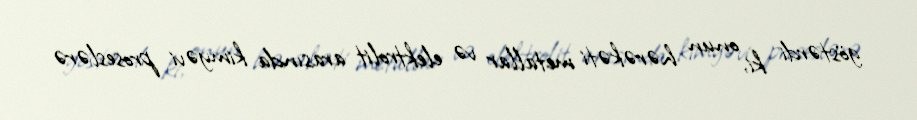
göstərdi ki, onun hərəkəti metallar və elektrolit arasında kimyəvi proseslərə